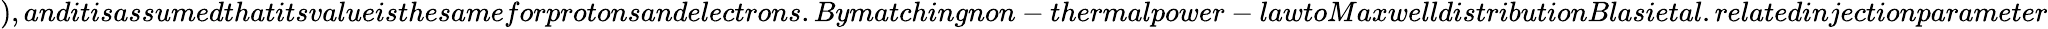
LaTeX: ),anditisassumedthatitsvalueisthesameforprotonsandelectrons.Bymatchingnon-thermalpower-lawtoMaxwelldistributionBlasietal.relatedinjectionparameter